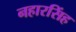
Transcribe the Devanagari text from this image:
नहारसिंह